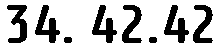
34. 42.42